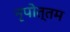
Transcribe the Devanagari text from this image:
नृपोत्तम